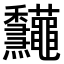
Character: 𥤠